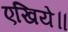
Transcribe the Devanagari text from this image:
एखिये॥